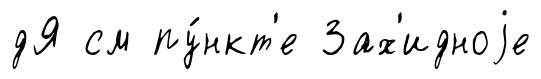
дЯ см пу́нкт'е Зах'идноjе